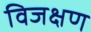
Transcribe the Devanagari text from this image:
विजक्षण